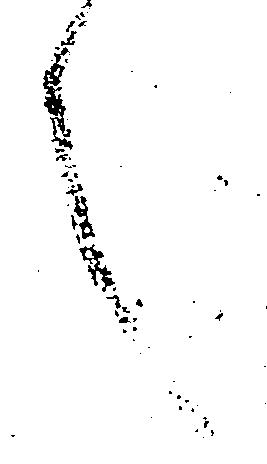
言